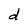
Character: d